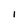
Character: 1